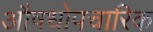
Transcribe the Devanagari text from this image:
औषधोपचारिक